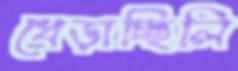
ধেড়াচ্ছিলি